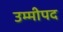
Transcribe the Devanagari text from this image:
उम्मीपद